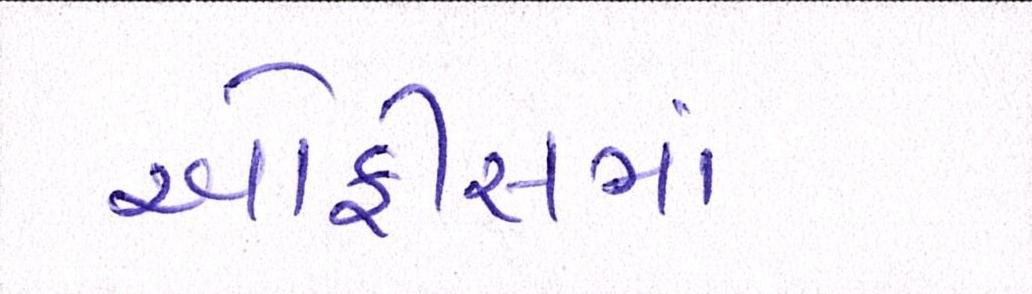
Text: ઓફીસમાં